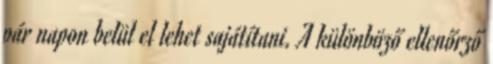
pár napon belül el lehet sajátítani. A különböző ellenőrző